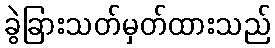
ခွဲခြားသတ်မှတ်ထားသည်